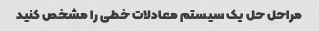
مراحل حل یک سیستم معادلات خطی را مشخص کنید